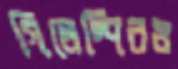
গিলেস্পিরও